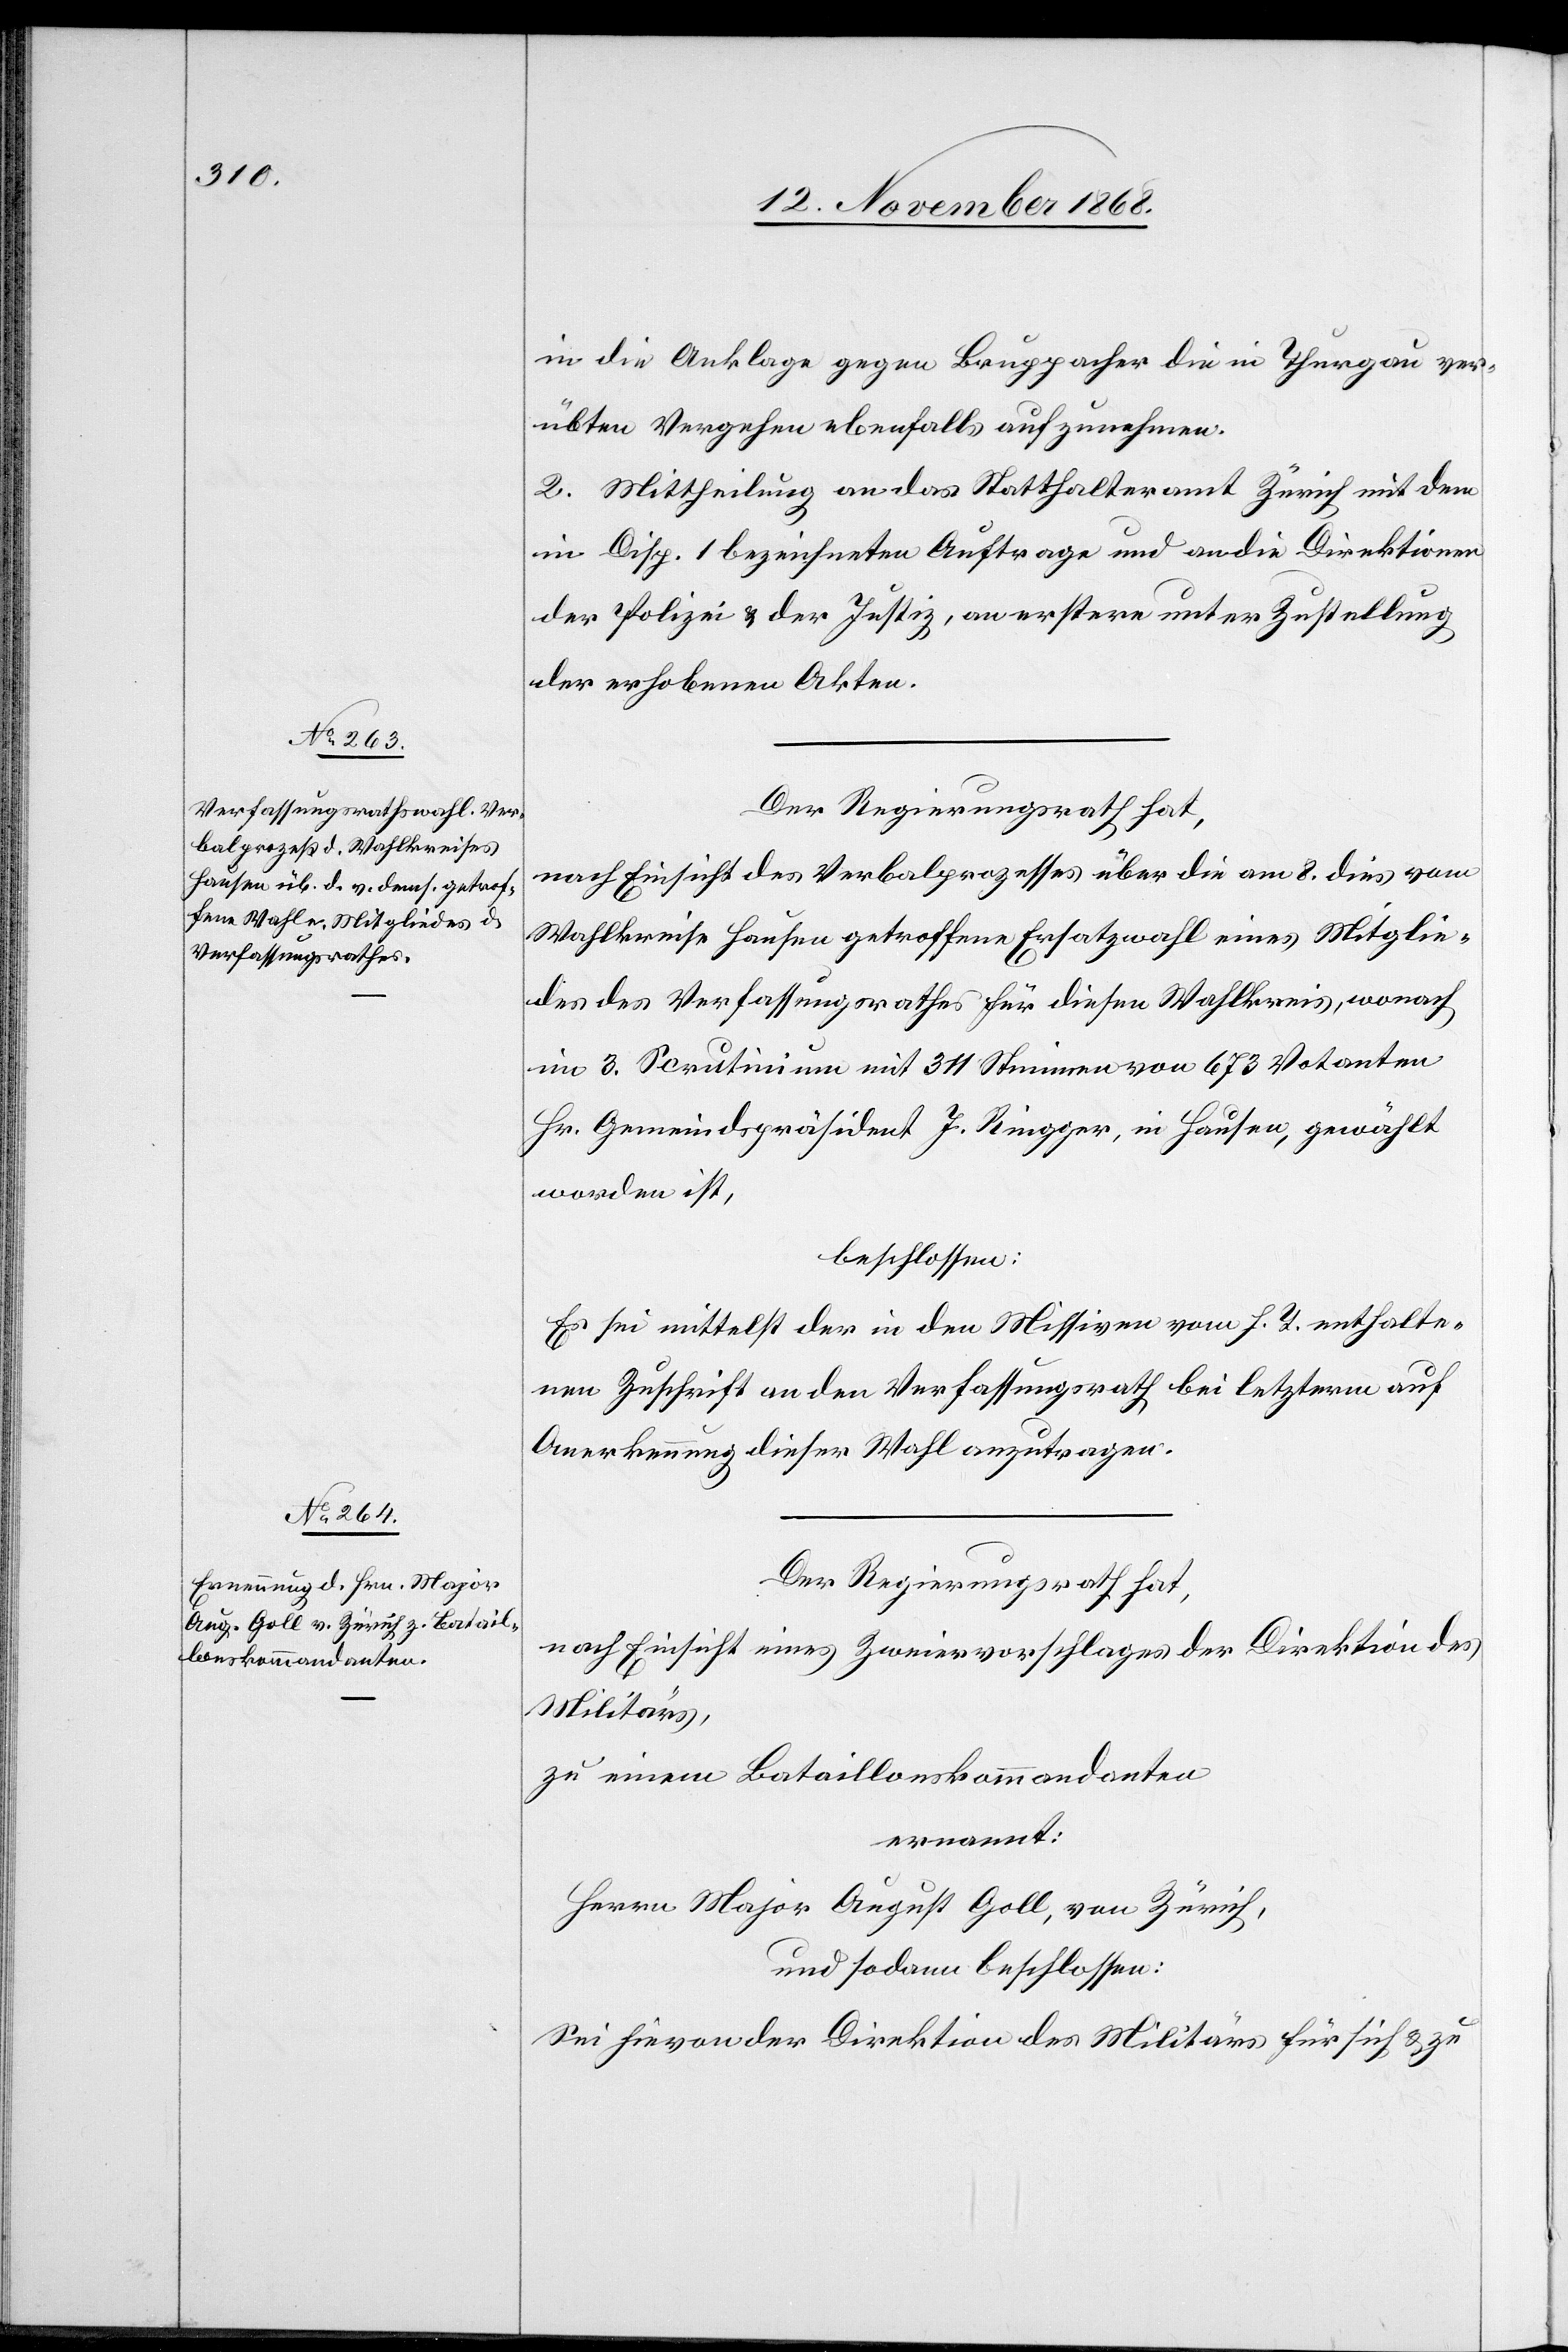
in die Anklage gegen Bruppacher die in Thurgau ver¬
übten Vergehen ebenfalls aufzunehmen.
2. Mittheilung an das Statthalteramt Zürich mit dem
in Disp. 1 bezeichneten Auftrage und an die Direktionen
der Polizei & der Justiz, an erstere unter Zustellung
der erhobenen Akten.
Der Regierungsrath hat,
nach Einsicht des Verbalprozesses über die am 8. dies vom
Wahlkreise Hausen getroffene Ersatzwahl eines Mitglie¬
des des Verfassungsrathes für diesen Wahlkreis, wonach
im 3. Scrutinium mit 311 Stimmen von 673 Votanten
Hr. Gemeindspräsident J. Ringger, in Hausen, gewählt
worden ist,
beschlossen:
Es sei mittelst der in den Missiven vom h. T. enthalte¬
nen Zuschrift an den Verfassungsrath bei letzterm auf
Anerkennung dieser Wahl anzutragen.
Der Regierungsrath hat,
nach Einsicht eines Zweiervorschlages der Direktion des
Militärs,
zu einem Bataillonskommandanten
ernannt:
Herrn Major August Goll, von Zürich,
und sodann beschlossen:
Sei hievon der Direktion des Militärs für sich & zu